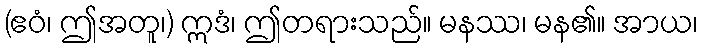
(ဧဝံ၊ ဤအတူ၊) ဣဒံ၊ ဤတရားသည်။ မနဿ၊ မန၏။ အာယ၊